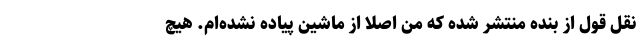
نقل قول از بنده منتشر شده که من اصلاً از ماشین پیاده نشده‌ام. هیچ